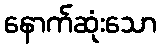
နောက်ဆုံးသော